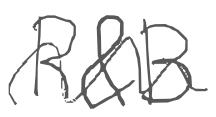
Text: R&B
Cross-out: mix
Writing tool: digital_gray